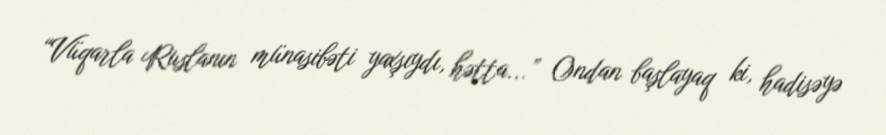
“Vüqarla Ruslanın münasibəti yaxşıydı, hətta...” Ondan başlayaq ki, hadisəyə